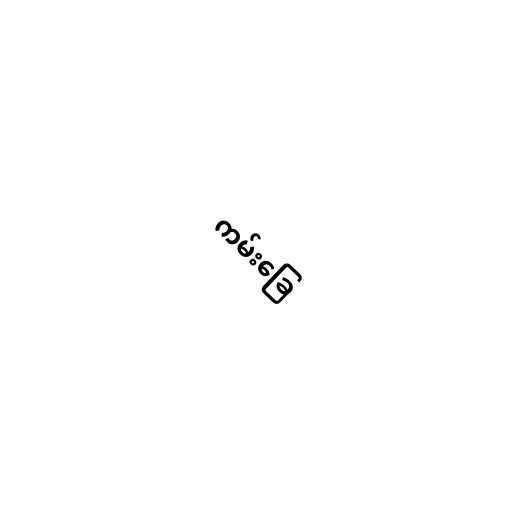
ကမ်းခြေ